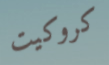
كروكيت